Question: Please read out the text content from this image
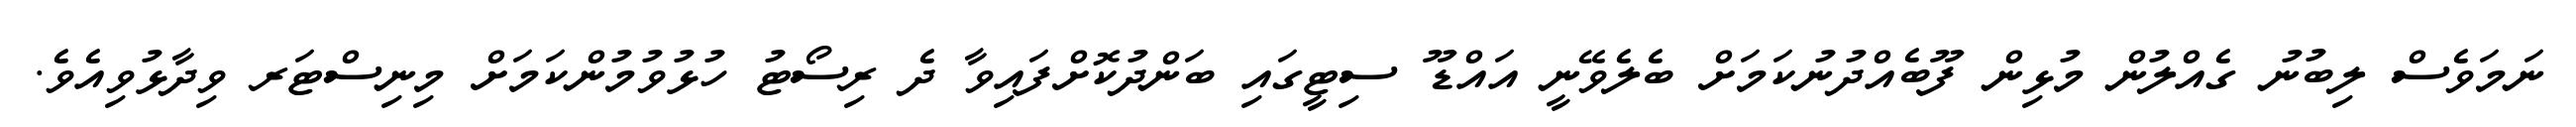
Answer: ނަމަވެސް ލިބުނު ގެއްލުން މުޅިން ފޫބެއްދުނުކަމަށް ބެލެވޭނީ އައްޑޫ ސިޓީގައި ބަންދުކޮށްފައިވާ ދެ ރިސޯޓު ހުޅުވުމުންކަމަށް މިނިސްޓަރ ވިދާޅުވިއެވެ.